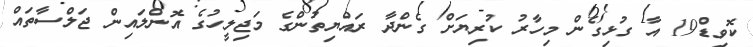
ކޮވިޑް19 އާ ގުޅިގެން މިހާރު ކުރިޔަށް ގެންދާ ރައްޔިތުންގެ މަޖިލީހުގެ އޮންލައިން ޖަލްސާތައް